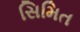
સિમિત